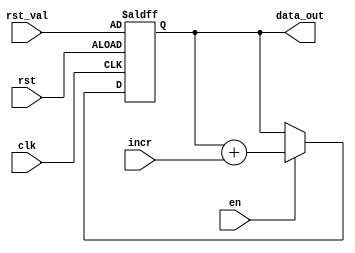
// This program was cloned from: https://github.com/IObundle/iob-lib
// License: MIT License

`timescale 1ns / 1ps

module iob_acc
  #(
    parameter DATA_W = 32
    )
   (
    input                   clk,

    input                   rst,
    input [DATA_W-1:0]      rst_val,

    input                   en,
    input [DATA_W-1:0]      incr,
    output reg [DATA_W-1:0] data_out
    );

   always @(posedge clk, posedge rst) begin
      if (rst) begin
         data_out <= rst_val;
      end else if (en) begin
         data_out <= data_out + incr;
      end
   end

endmodule